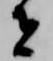
者